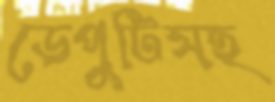
ডেপুটিসহ